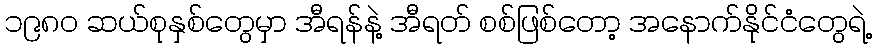
၁၉၈၀ ဆယ်စုနှစ်တွေမှာ အီရန်နဲ့ အီရတ် စစ်ဖြစ်တော့ အနောက်နိုင်ငံတွေရဲ့